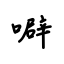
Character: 噼